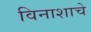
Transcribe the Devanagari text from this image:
विनाशाचे